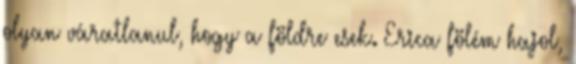
olyan váratlanul, hogy a földre esek. Erica fölém hajol,